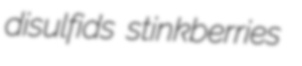
disulfids stinkberries